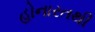
હોનારતથી